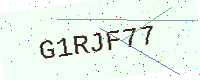
Text: G1RJF77